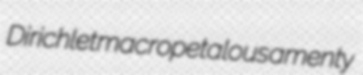
Dirichlet macropetalous amenty